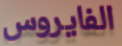
الفايروس